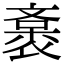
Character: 𧜯